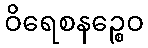
ဝိရေစနဉ္စေဝ